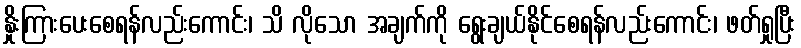
နှိုးကြားပေးစေရန်လည်းကောင်း၊ သိ လိုသော အချက်ကို ရွေးချယ်နိုင်စေရန်လည်းကောင်း၊ ဖတ်ရှုပြီး